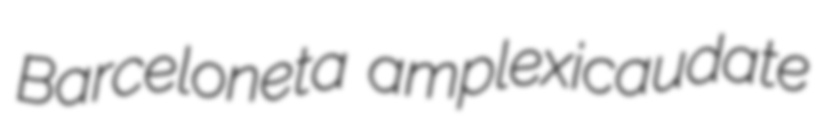
Barceloneta amplexicaudate